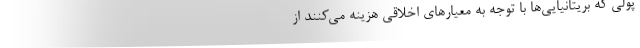
پولی که بریتانیایی‌ها با توجه به معیارهای اخلاقی هزینه می‌کنند از